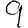
Digit: 9